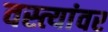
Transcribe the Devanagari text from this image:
वस्त्यांवर